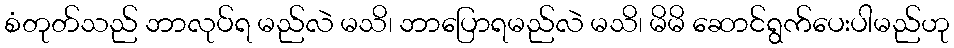
စံတုတ်သည် ဘာလုပ်ရ မည်လဲ မသိ၊ ဘာပြောရမည်လဲ မသိ၊ မိမိ ဆောင်ရွက်ပေးပါမည်ဟု